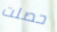
حصلت